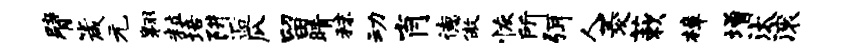
臂箴元翱粒培阱逅瓜留睛秣动肖德傲恢所弭人菱蔌樟增汰滚